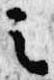
之